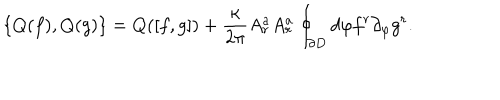
LaTeX: \{ Q ( f ) , Q ( g ) \} = Q ( [ f , g ] ) + \frac { \kappa } { 2 \pi } A _ { r } ^ { a } A _ { r } ^ { a } \oint _ { \partial D } d \varphi f ^ { r } \partial _ { \varphi } g ^ { r } .